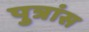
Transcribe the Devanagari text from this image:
पुत्रांस